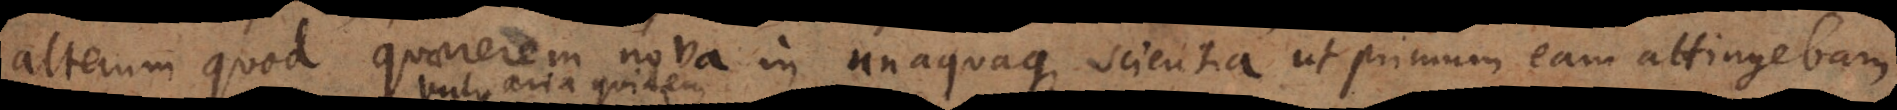
alterum quod quarerem nova in unaquaque scientia ut primum eam attingebam